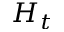
H _ { t }